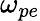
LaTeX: \omega_{pe}